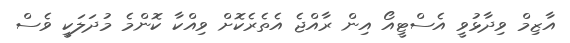
އާޒިމް ވިދާޅުވީ އެސްޓީއޯ އިން ރާއްޖެ އެތެރެކޮށް ވިއްކާ ކޮންމެ މުދަލަކީ ވެސް